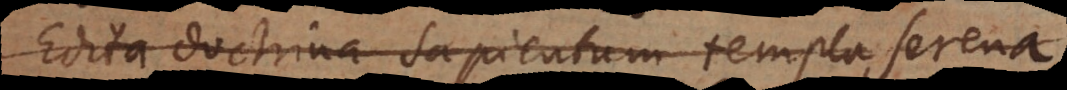
Edita doctrina sapientum templa serena